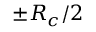
\pm R _ { c } / 2